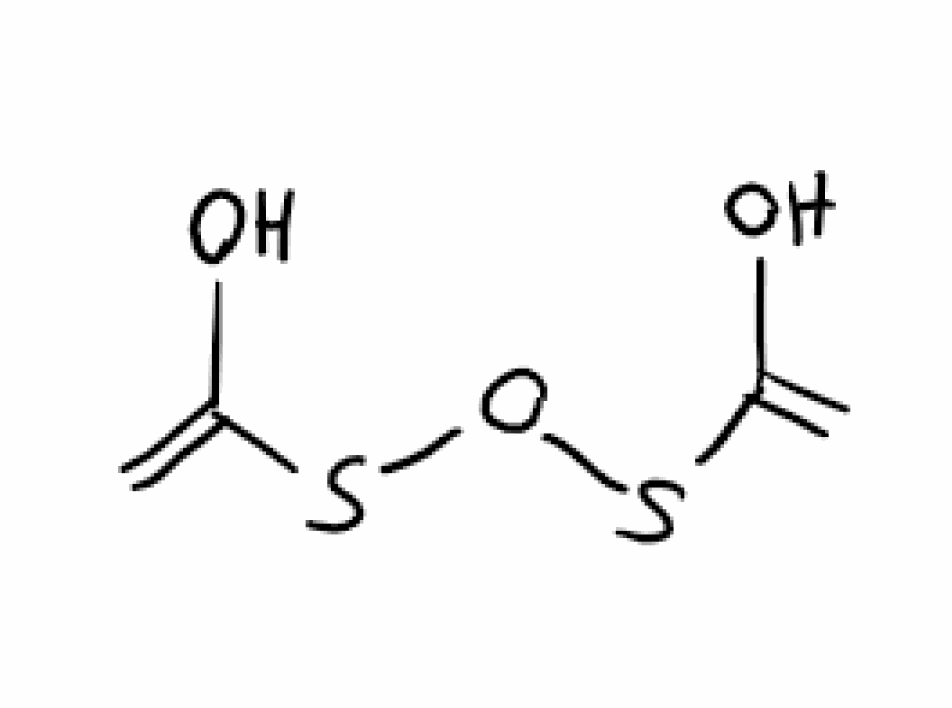
Simplified molecular-input line-entry system (SMILES) notation of the given molecule:
C=C(O)SOSC(=C)O